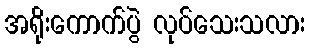
အရိုးကောက်ပွဲ လုပ်သေးသလား